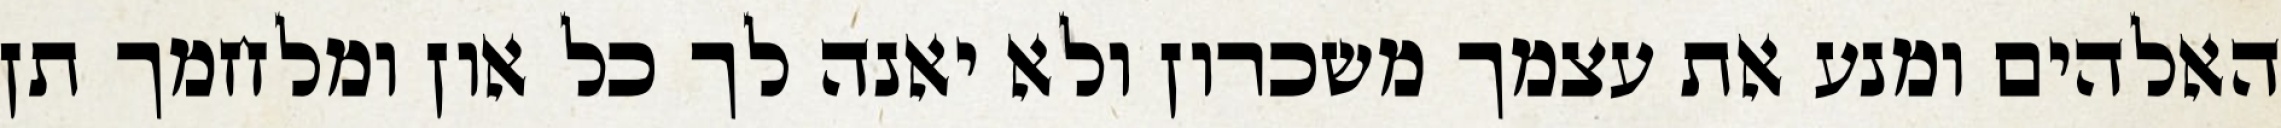
האלהים ומנע את עצמך משכרון ולא יאנה לך כל און ומלחמך תן